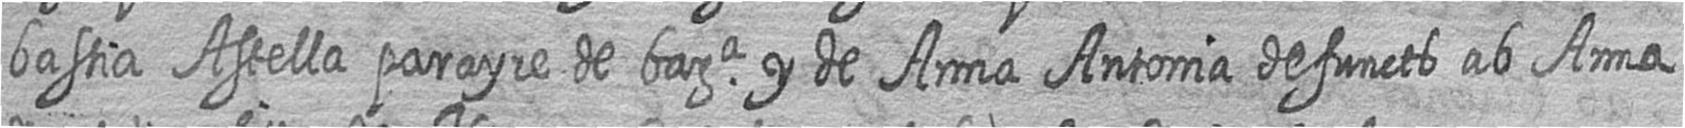
bastia Astella parayre de bara y de Anna Antonia defuncts ab Anna